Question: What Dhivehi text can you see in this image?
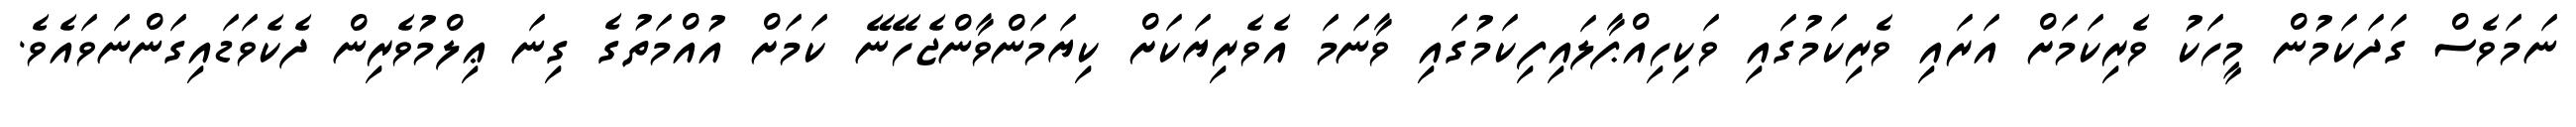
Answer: ނަމަވެސް ގަދަކަމުން މީހަކު ވެރިކަމަށް އަރައި ވެރިކަމުގައި ވަކިހިއްޕާލައިފިކަމުގައި ވާނަމަ އެވެރިޔަކަށް ކިޔަމަންވާންޖެހޭނޭ ކަމަށް އުއްމަތުގެ ގިނަ ޢިލްމުވެރިން ދެކެވަޑައިގަންނަވައެވެ.